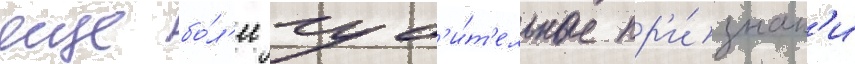
еще бо́л'ее губ'и́т'ельные пр'и́знак'и